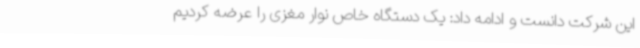
این شرکت دانست و ادامه داد: یک دستگاه خاص نوار مغزی را عرضه کردیم